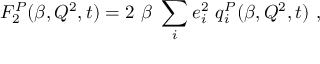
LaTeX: F _ { 2 } ^ { P } ( \beta , Q ^ { 2 } , t ) = 2 ~ \beta ~ \sum _ { i } e _ { i } ^ { 2 } ~ q _ { i } ^ { P } ( \beta , Q ^ { 2 } , t ) ~ ,